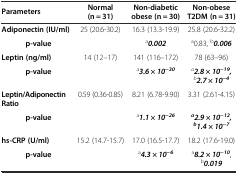
| Parameters | Normal (n = 31) | Non-diabetic obese (n = 30) | Non-obese T2DM (n = 31) |
 | --- | --- | --- | --- |
 | Adiponectin (IU/ml) | 25 (20.6-30.2) | 16.3 (13.3-19.9) | 25.8 (20.6-32.2) |
 | p-value |  | a0.002 | a0.83, b0.006 |
 | Leptin (ng/ml) | 14 (12–17) | 141 (116–172) | 78 (63–96) |
 | p-value |  | a3.6 × 10-30 | a2.8 × 10-19,b2.7 × 10-4 |
 | Leptin/Adiponectin Ratio | 0.59 (0.36-0.85) | 8.21 (6.78-9.90) | 3.31 (2.61-4.15) |
 | p-value |  | a1.1 × 10-26 | a2.9 × 10-12,b1.4 × 10-7 |
 | hs-CRP (U/ml) | 15.2 (14.7-15.7) | 17.0 (16.5-17.7) | 18.2 (17.6-19.0) |
 | p-value |  | a4.3 × 10-6 | a8.2 × 10-10, b0.019 |